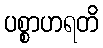
ပစ္စာဟရတိ